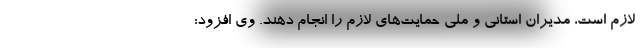
لازم است، مدیران استانی و ملی حمایت‌های لازم را انجام دهند. وی افزود: